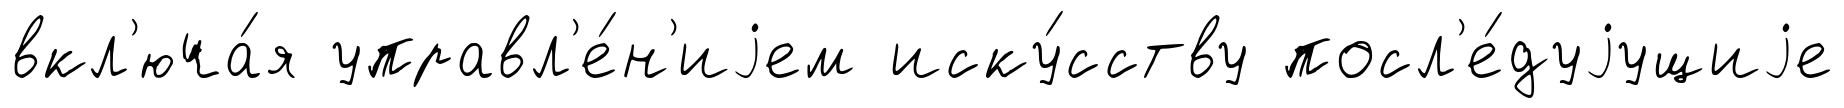
вкл'юча́я управл'е́н'иjем иску́сству посл'е́дуjущиjе